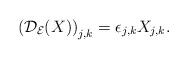
LaTeX: \begin{align*}\left({\mathcal D}_{\mathcal E}(X) \right)_{j,k} = \epsilon_{j,k} X_{j,k}.\end{align*}